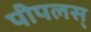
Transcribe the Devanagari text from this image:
पीपलस्